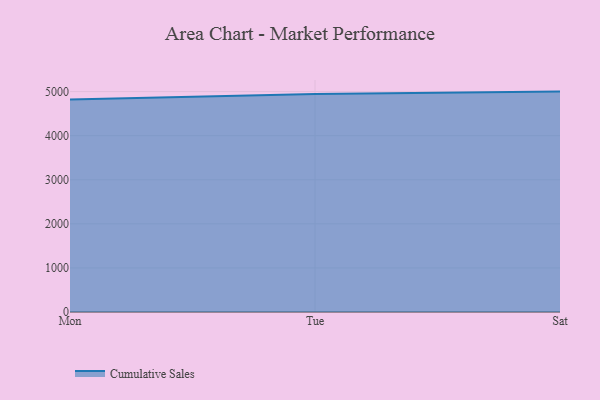
{"axis": {"x": "Day", "y": "Backlog"}, "legend": ["Cumulative Sales"], "data": [{"x": "Mon", "y": 4821.4, "type": "Cumulative Sales"}, {"x": "Tue", "y": 4943.1, "type": "Cumulative Sales"}, {"x": "Sat", "y": 5000, "type": "Cumulative Sales"}]}